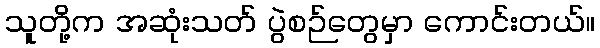
သူတို့က အဆုံးသတ် ပွဲစဉ်တွေမှာ ကောင်းတယ်။